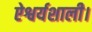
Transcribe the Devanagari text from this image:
ऐश्वर्यशाली।